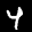
Label: 4